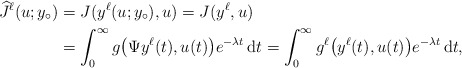
\begin{align*}\widehat J^\ell(u;y_\circ)&=J(y^\ell(u;y_\circ),u)=J(y^\ell,u)\\&=\int_0^\infty g\big(\Psi y^\ell(t),u(t)\big)e^{-\lambda t}\,\mathrm dt=\int_0^\infty g^\ell\big(y^\ell(t),u(t)\big)e^{-\lambda t}\,\mathrm dt,\end{align*}